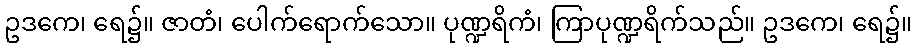
ဥဒကေ၊ ရေ၌။ ဇာတံ၊ ပေါက်ရောက်သော။ ပုဏ္ဍရိကံ၊ ကြာပုဏ္ဍရိက်သည်။ ဥဒကေ၊ ရေ၌။